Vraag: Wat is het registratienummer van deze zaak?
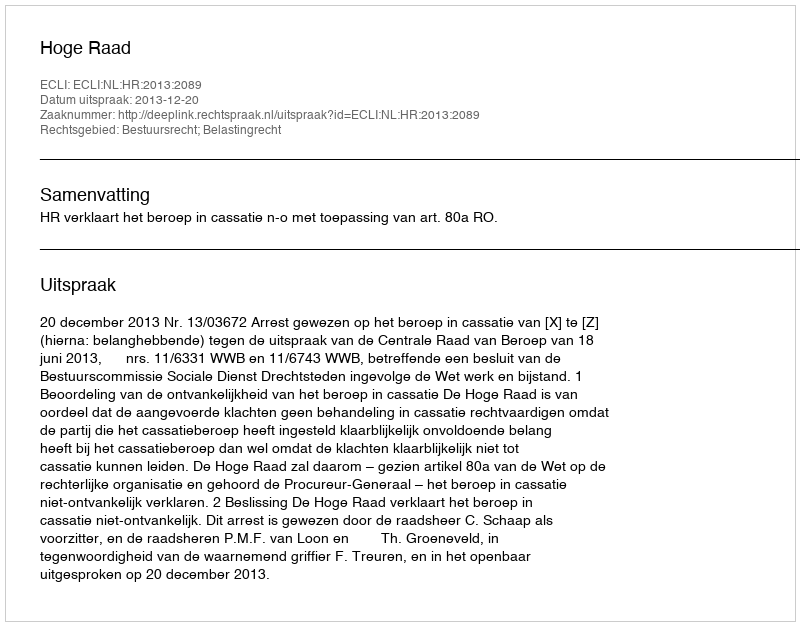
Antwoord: http://deeplink.rechtspraak.nl/uitspraak?id=ECLI:NL:HR:2013:2089